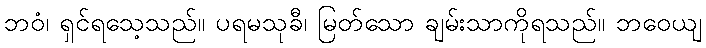
ဘဝံ၊ ရှင်ရသေ့သည်။ ပရမသုခီ၊ မြတ်သော ချမ်းသာကိုရသည်။ ဘဝေယျ